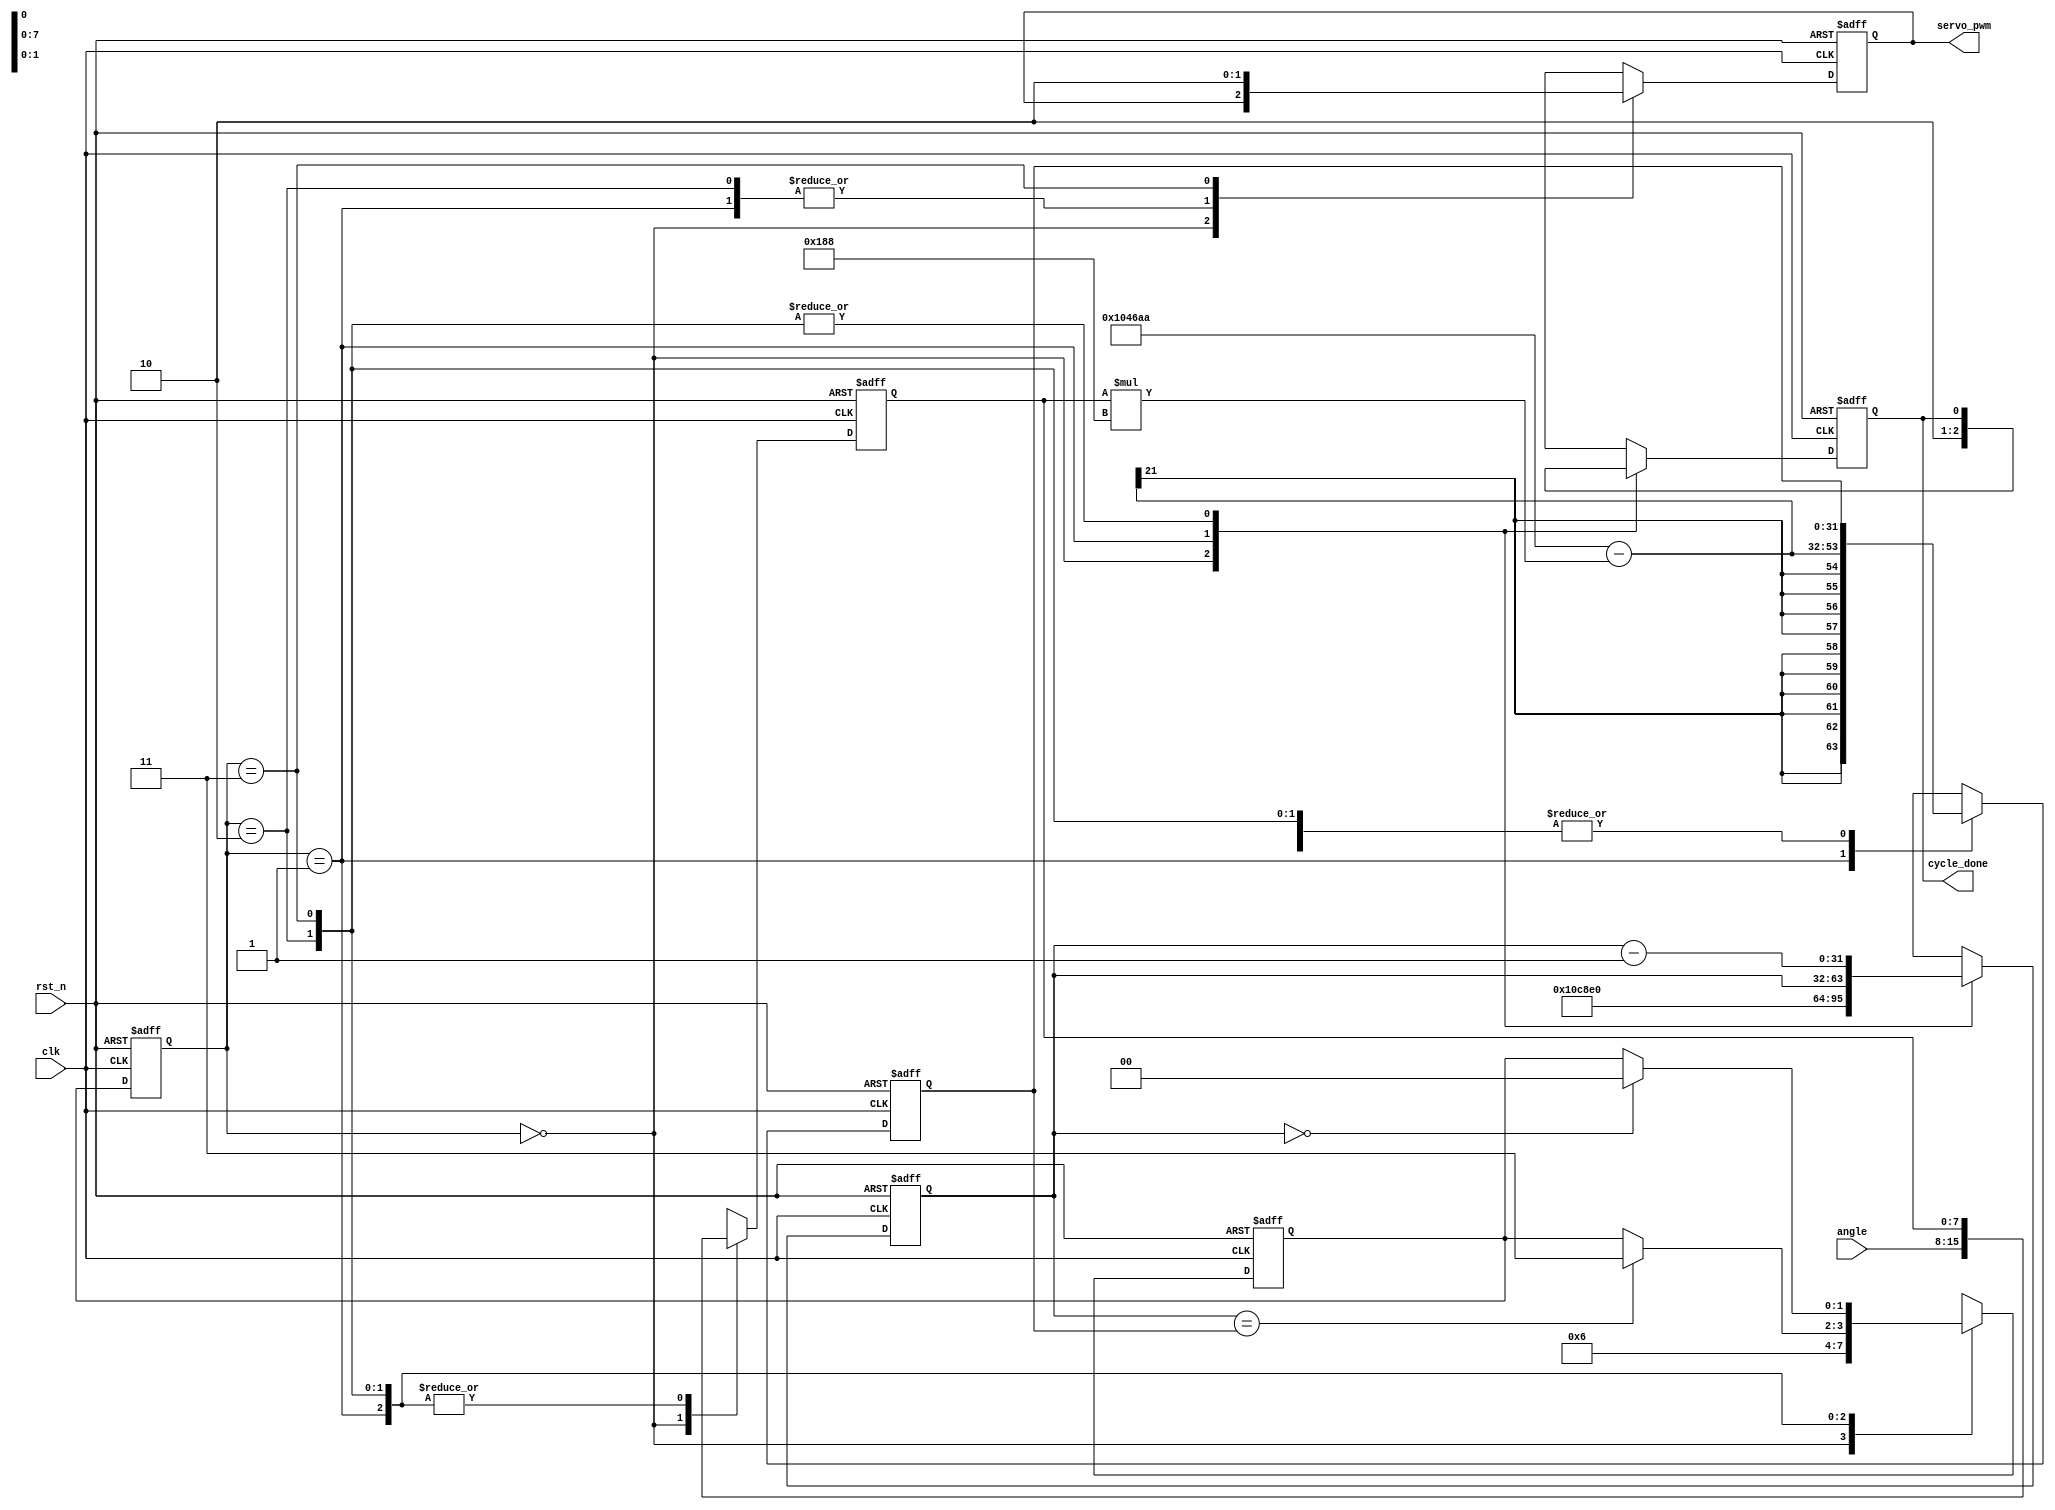
module servo_driver #(parameter freq = 50_000_000) (
        input  wire      clk,
        input  wire      rst_n,
        input  wire[7:0] angle,

        output reg       servo_pwm = 0,
        output reg       cycle_done = 0
    );

    parameter CYCLES_1_MS      = freq / 1_000;
    parameter CYCLES_PER_ANGLE = (CYCLES_1_MS * 2) / 8'hFF;
    parameter CYCLES_21u33_MS  = CYCLES_1_MS * 21 + CYCLES_1_MS / 3;
    parameter CYCLES_22_MS     = CYCLES_1_MS * 22;

    // INTERNAL REGISTERS
    reg[7:0]    angle_reg = 0;   // Used for storing angle
    reg[31:0]   counter = 0;     // Used for store one period
    reg[31:0]   pulse_width = 0; // Used for vary pulse width (reversed)

    reg[1:0]    state = 0;              // FSM current state
    reg[1:0]    next_state = 0;         // FSM next state
    parameter   GET_ANGLE  = 2'b00;
    parameter   GET_WIDTH  = 2'b01;
    parameter   HIGH_PULSE = 2'b10;
    parameter   LOW_PULSE  = 2'b11;

    // Assign new state logic
    always @(posedge clk or negedge rst_n) begin
        if (~rst_n) begin
            state = GET_ANGLE;
        end else begin
            state = next_state;
        end
    end

    // Next state logic
    always @(posedge clk or negedge rst_n) begin
        if (~rst_n) begin
            next_state = GET_ANGLE;
        end else begin
            case (state)
                GET_ANGLE: begin
                    next_state  = GET_WIDTH;
                end
                GET_WIDTH: begin
                    next_state  = HIGH_PULSE;
                end
                HIGH_PULSE: begin
                    if (counter == pulse_width) begin
                        next_state = LOW_PULSE;
                    end
                end
                LOW_PULSE: begin
                    if (counter == 0) begin
                        next_state = GET_ANGLE;
                    end
                end
            endcase
        end
    end

    // Outputs logic
    always @(posedge clk or negedge rst_n) begin
        if (~rst_n) begin
            servo_pwm   = 0;
            cycle_done  = 0;
            counter     = 0;
            angle_reg   = 0;
            pulse_width = 0;
        end else begin
            case (state)
                GET_ANGLE: begin
                    angle_reg   = angle;
                    cycle_done  = 1;
                    counter     = CYCLES_22_MS;
                end
                GET_WIDTH: begin
                    pulse_width = CYCLES_21u33_MS - angle_reg * CYCLES_PER_ANGLE;
                    servo_pwm   = 1;
                    cycle_done  = 0;
                end
                HIGH_PULSE: begin
                    counter    = counter - 1;
                    servo_pwm  = 1;
                end
                LOW_PULSE: begin
                    counter    = counter - 1;
                    servo_pwm  = 0;
                end
            endcase
        end
    end
endmodule